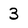
Character: 3